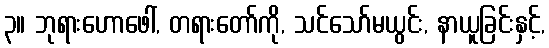
၃။ ဘုရားဟောဖေါ်, တရားတော်ကို, သင်သော်မယွင်း, နာယူခြင်းနှင့်,